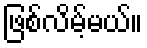
ဖြစ်လိမ့်မယ်။